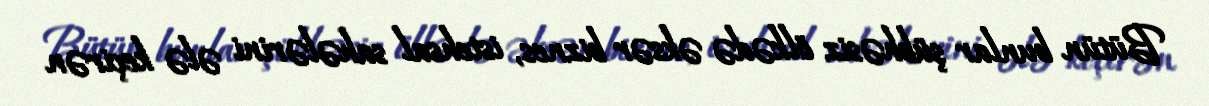
Bütün bunlar şübhəsiz ölkədə əksər biznes, istehsal sahələrini ələ keçirən